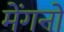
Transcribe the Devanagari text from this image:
मेंगनों